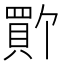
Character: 𫎚